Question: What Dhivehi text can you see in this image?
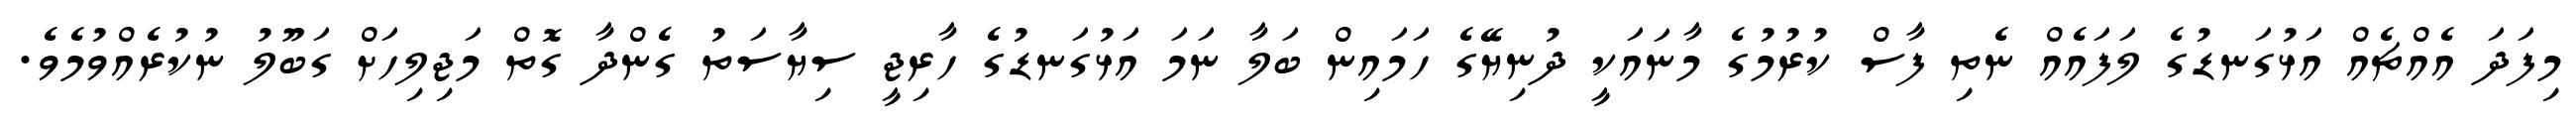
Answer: މިފަދަ އެއްޗެއް އަޅުގަނޑުގެ ލަފައެއް ނެތި ފާސް ކުރުމުގެ މާނައަކީ ދުނިޔޭގެ ހަމައިން ބަލާ ނަމަ އަޅުގަނޑުގެ ހާރިޖީ ސިޔާސަތު ގެންދާ ގޮތް މަޖިލިހަށް ގަބޫލު ނުކުރެއްވުމެވެ.